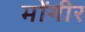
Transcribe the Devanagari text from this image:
मोंगीर